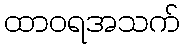
ထာဝရအသက်